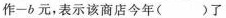
作-b元，表示该商店今年( )了